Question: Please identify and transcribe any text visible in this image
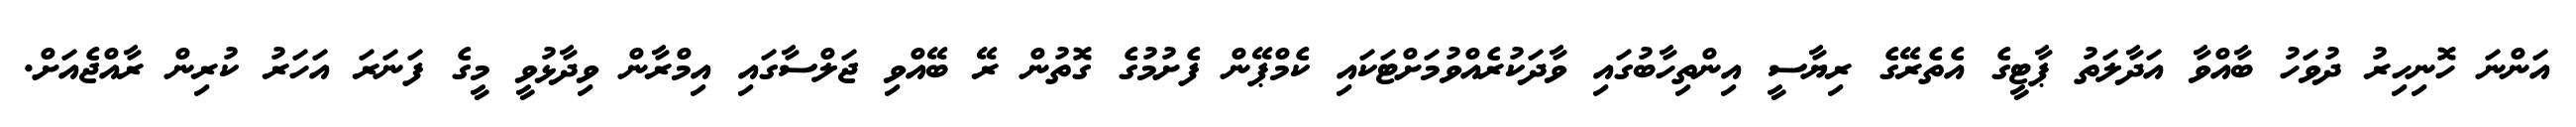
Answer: އަންނަ ހޮނިހިރު ދުވަހު ބާއްވާ އަދާލަތު ޕާޓީގެ އެތެރޭގެ ރިޔާސީ އިންތިހާބުގައި ވާދަކުރެއްވުމަށްޓަކައި ކެމްޕޭން ފެށުމުގެ ގޮތުން ރޭ ބޭއްވި ޖަލްސާގައި އިމްރާން ވިދާޅުވީ މީގެ ފަނަރަ އަހަރު ކުރިން ރާއްޖެއަށް.